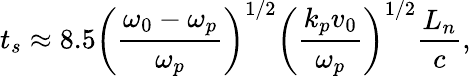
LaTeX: t_{s}\approx 8.5\left(\frac{\omega_{0}-\omega_{p}}{\omega_{p}}\right)^{1/2}\left(\frac{k_{p}v_{0}}{\omega_{p}}\right)^{1/2}\frac{L_{n}}{c},